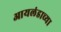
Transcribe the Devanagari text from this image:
आयलंडाच्या